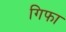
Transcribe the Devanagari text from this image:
गिफा